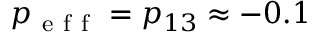
p _ { \mathrm { ~ e ~ f ~ f ~ } } = p _ { 1 3 } \approx - 0 . 1